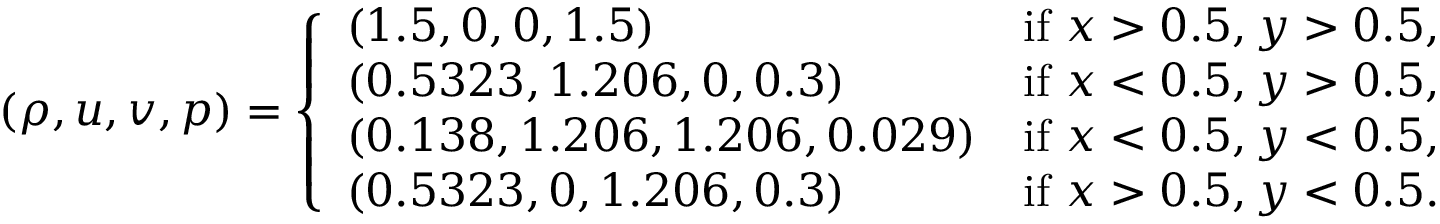
( \rho , u , v , p ) = \left\{ \begin{array} { l l } { ( 1 . 5 , 0 , 0 , 1 . 5 ) } & { \mathrm { i f ~ } x > 0 . 5 , y > 0 . 5 , } \\ { ( 0 . 5 3 2 3 , 1 . 2 0 6 , 0 , 0 . 3 ) } & { \mathrm { i f ~ } x < 0 . 5 , y > 0 . 5 , } \\ { ( 0 . 1 3 8 , 1 . 2 0 6 , 1 . 2 0 6 , 0 . 0 2 9 ) } & { \mathrm { i f ~ } x < 0 . 5 , y < 0 . 5 , } \\ { ( 0 . 5 3 2 3 , 0 , 1 . 2 0 6 , 0 . 3 ) } & { \mathrm { i f ~ } x > 0 . 5 , y < 0 . 5 . } \end{array} \right.